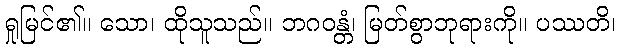
ရှုမြင်၏။ သော၊ ထိုသူသည်။ ဘဂဝန္တံ၊ မြတ်စွာဘုရားကို။ ပဿတိ၊